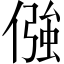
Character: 𠎦